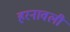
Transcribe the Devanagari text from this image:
हरनावली